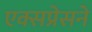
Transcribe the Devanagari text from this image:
एक्सप्रेसने